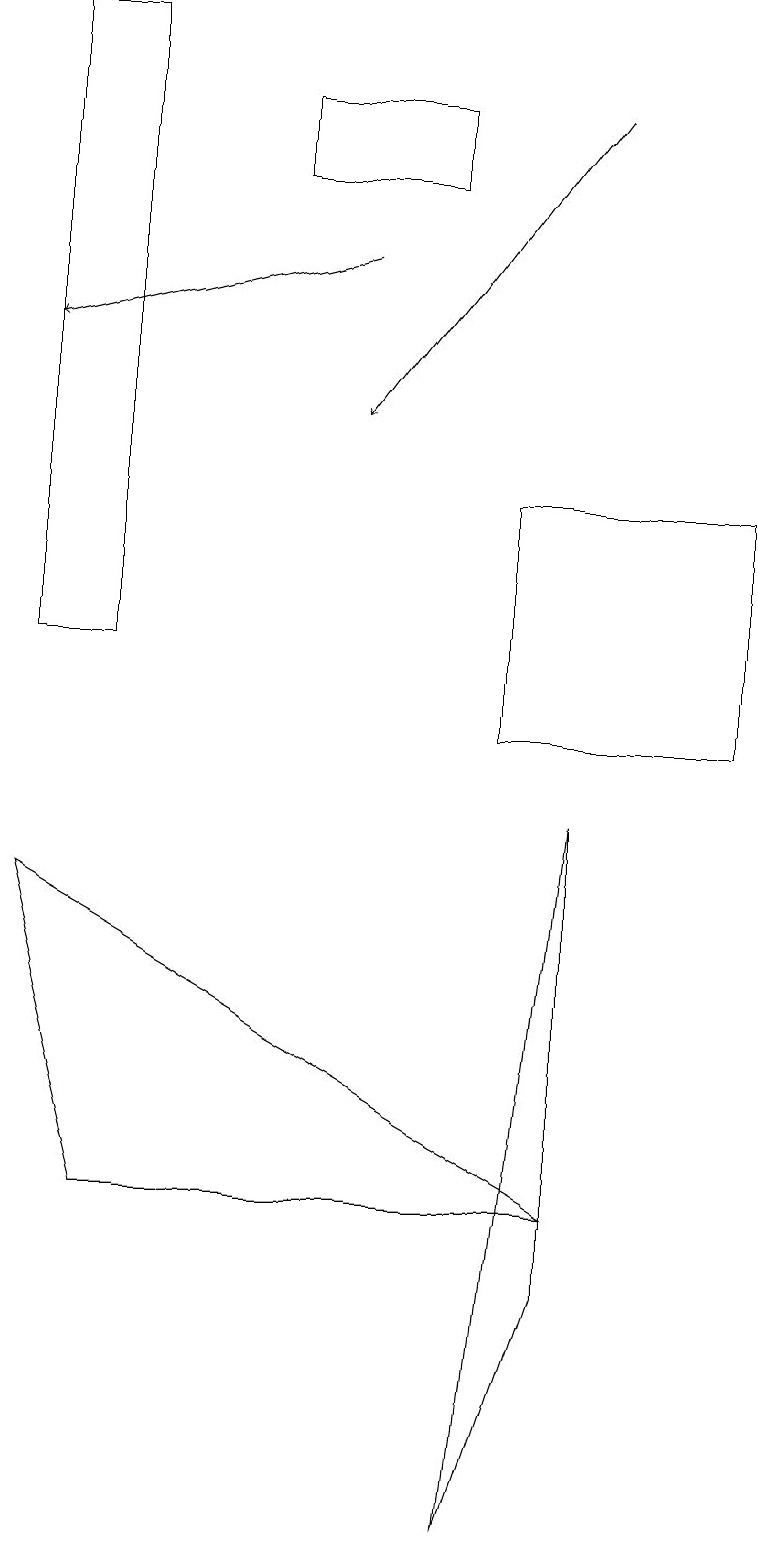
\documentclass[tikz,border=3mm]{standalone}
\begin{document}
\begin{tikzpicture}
\draw (0,8) -- (7,4) -- (1,4) -- cycle;
\draw (6,0) -- (7,9) -- (7,3) -- cycle;
\draw[->] (4,16) -- (0,15);
\draw[->] (7,18) -- (4,14);
\draw (9,13) rectangle (6,10);
\draw (3,18) rectangle (5,17);
\draw (1,11) rectangle (0,19);
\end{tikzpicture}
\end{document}